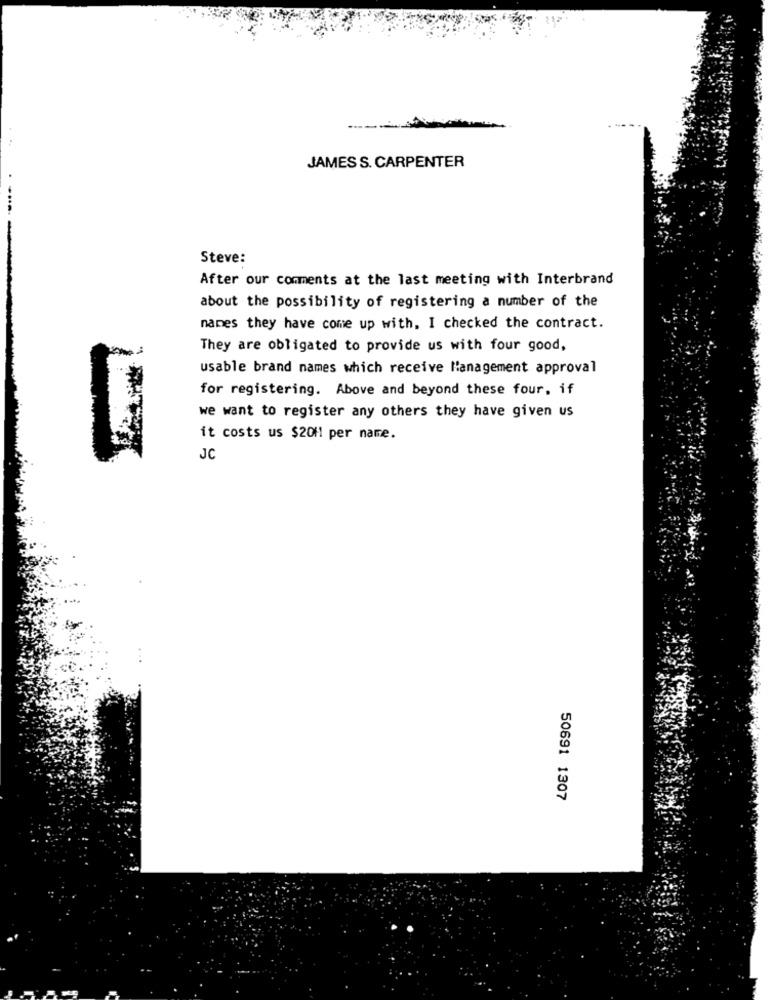
---
JAMES S. CARPENTER
Steve:
After our comments at the last meeting with Interbrand
about the possibility of registering a number of the
names they have come up with, I checked the contract.
They are obligated to provide us with four good,
usable brand names which receive l'anagement approval
for registering. Above and beyond these four, if
we want to register any others they have given us
it costs us $20H! per name.
JC
50691 1307